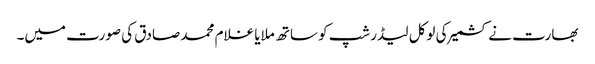
بھارت نے کشمیر کی لوکل لیڈرشپ کو ساتھ ملایا غلام محمد صادق کی صورت میں۔